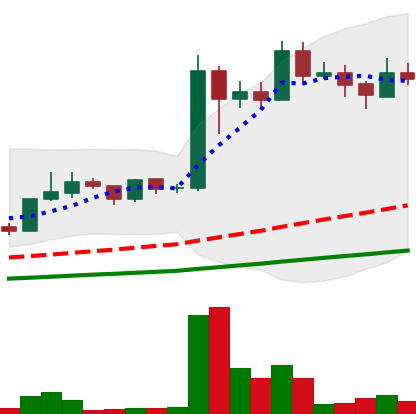
Ticker: LINK-USD
Chart end date: 2019-06-23
Forward return: 64.42%
Label: up_7plus